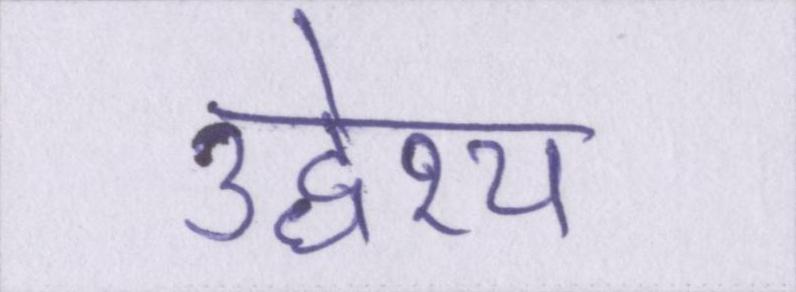
उद्धेश्य